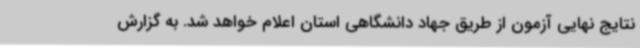
نتایج نهایی آزمون از طریق جهاد دانشگاهی استان اعلام خواهد شد. به گزارش